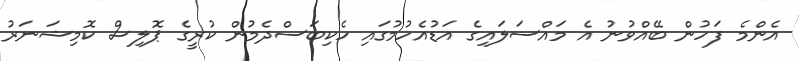
އެންމެ ފަހުން ބޭއްވުނު އެ މައްސަލައިގެ އަޑުއެހުމުގައި ހެކިބަސްދެމުން ކުރީގެ ޕޮލިސް ކޮމިޝަނަރު